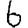
Digit: 6